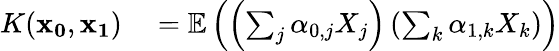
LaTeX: \begin{array}{rl}{K(\mathbf{x_{0}},\mathbf{x_{1}})}&{{}=\mathbb{E}\left(\left(\sum_{j}\alpha_{0,j}X_{j}\right)\left(\sum_{k}\alpha_{1,k}X_{k}\right)\right)}\end{array}